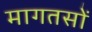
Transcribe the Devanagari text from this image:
मागतसों